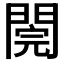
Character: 𨵄